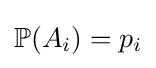
\mathbb {P} (A_{i})=p_{i}